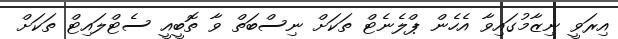
އިރަވީ ނިޒާމުގައިވާ އެހެން ޕްލެނެޓް ތަކަށް ނިސްބަތް ވާ ތޮބީއީ ސެޓްލައިޓް ތަކަށް